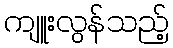
ကျူးလွန်သည့်